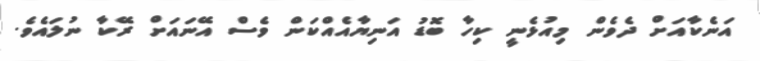
އަނެކާއަށް ދެވެން މިއުޅެނީ ކިހާ ބޮޑު އަނިޔާއެއްކަން ވެސް އޭނައަށް ރޭކާ ނުލައެވެ.